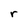
Character: r